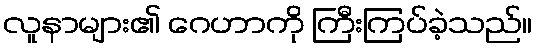
လူနာများ၏ ဂေဟာကို ကြီးကြပ်ခဲ့သည်။